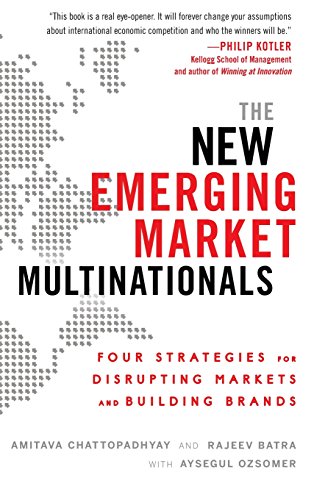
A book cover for The New Emerging Market Multinationals: Four Strategies for Disrupting Markets and Building Brands; Amitava Chattopadhyay; Business & Money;